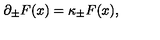
\partial _ { \pm } F ( x ) = \kappa _ { \pm } F ( x ) ,